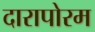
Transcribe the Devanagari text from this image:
दारापोरम